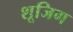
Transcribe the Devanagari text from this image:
शूजिग